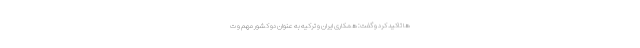
ها تاکید کرد و گفت: همکاری ایران و ترکیه به عنوان دو کشور مهم و ت